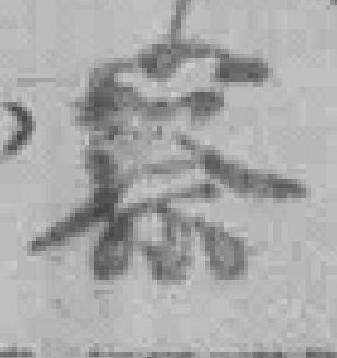
察